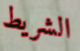
الشريط